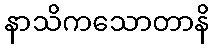
နာသိကသောတာနိ